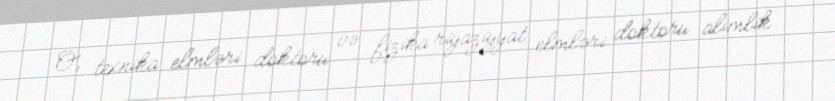
O, texnika elmləri doktoru və fizika riyaziyyat elmləri doktoru alimlik